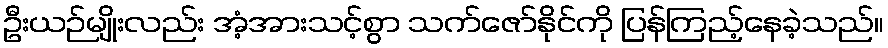
ဦးယဉ်မျိုးလည်း အံ့အားသင့်စွာ သက်ဇော်နိုင်ကို ပြန်ကြည့်နေခဲ့သည်။